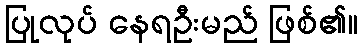
ပြုလုပ် နေရဦးမည် ဖြစ်၏။